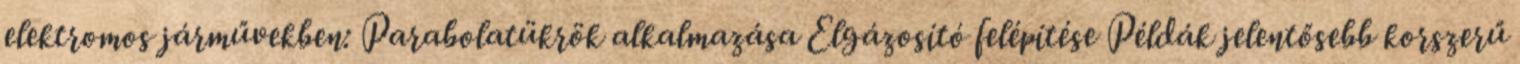
elektromos járművekben: Parabolatükrök alkalmazása Elgázosító felépítése Példák jelentősebb korszerű